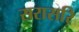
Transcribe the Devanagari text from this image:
सरासरि